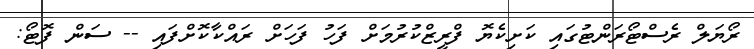
ރޯޔަލް ރެސްޓޯރަންޓުގައި ކަށިކެޔޮ ފްރީޒްކުރުމަށް ފަހު ފަހަށް ރައްކާކޮށްފައި -- ސަން ފޮޓޯ: